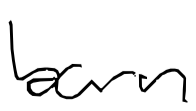
Text: born
Cross-out: clean
Writing tool: digital_black